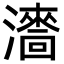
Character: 瀒